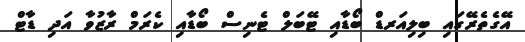
އޭގެތެރޭގައި ބިލިއަރޑް ބޯޑާއި ޓޭބަލް ޓެނިސް ބޯޑާއި ކެރަމް ރާޒުވާ އަދި ޑާޓް